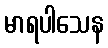
မာရပါသေန